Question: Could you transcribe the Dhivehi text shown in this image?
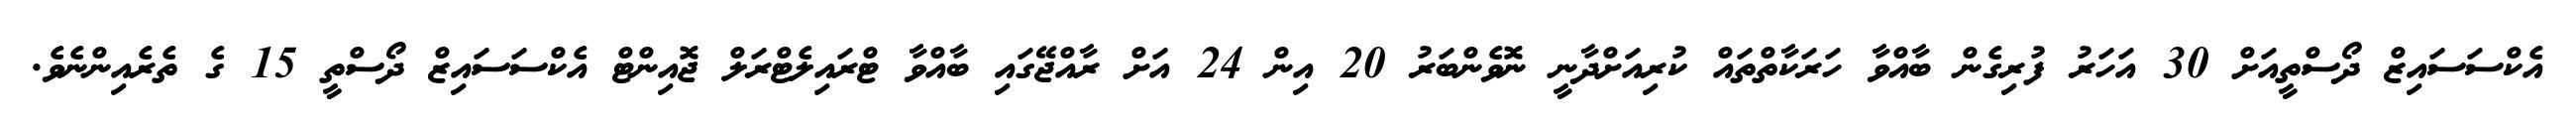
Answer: އެކްސަސައިޒް ދޯސްތީއަށް 30 އަހަރު ފުރިގެން ބާއްވާ ހަރަކާތްތައް ކުރިއަށްދާނީ ނޮވެންބަރު 20 އިން 24 އަށް ރާއްޖޭގައި ބާއްވާ ޓްރައިލެޓްރަލް ޖޮއިންޓް އެކްސަސައިޒް ދޯސްތީ 15 ގެ ތެރެއިންނެވެ.